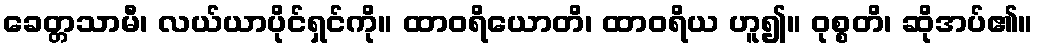
ခေတ္တသာမီ၊ လယ်ယာပိုင်ရှင်ကို။ ထာဝရိယောတိ၊ ထာဝရိယ ဟူ၍။ ဝုစ္စတိ၊ ဆိုအပ်၏။